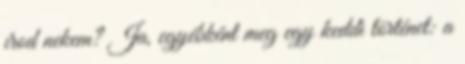
írod nekem? Ja, egyébként meg egy keddi történet: a